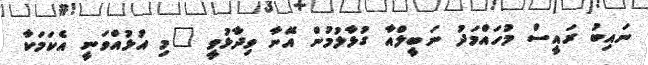
ނައިބު ރައީސް މުހައްމަދު ނަބީލްއާ ގުޅާލުމުން އޭނާ ވިދާޅުވީ "މި އުޅުއްވަނީ އެކަމަކާ